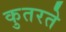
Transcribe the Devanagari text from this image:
कुतरते